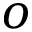
o